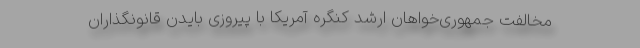
مخالفت جمهوری‌خواهان ارشد کنگره آمریکا با پیروزی بایدن قانونگذاران